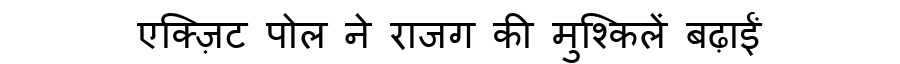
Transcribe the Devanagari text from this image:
एक्ज़िट पोल ने राजग की मुश्किलें बढ़ाईं